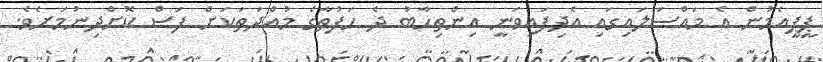
ޕީޕީއެމުން އެ މައްސަލައިގައި އެދިފައިވަނީ އިންތިހާބު ދެ ހަފުތާގެ މުއްދަތަކަށް ފަސް ކޮށްދިނުމަށެވެ.